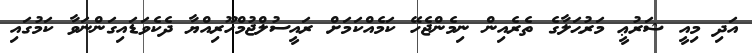
އަދި މިއީ ޝަރުޢީ މަރުޙަލާގެ ތެރެއިން ނިމެންޖެހޭ ކަމެއްކަމަށް ރައީސުލްޖުމްހޫރިއްޔާ ދެކެވަޑައިގަންނަވާ ކަމުގައި